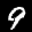
Label: 9